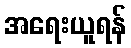
အရေးယူရန်